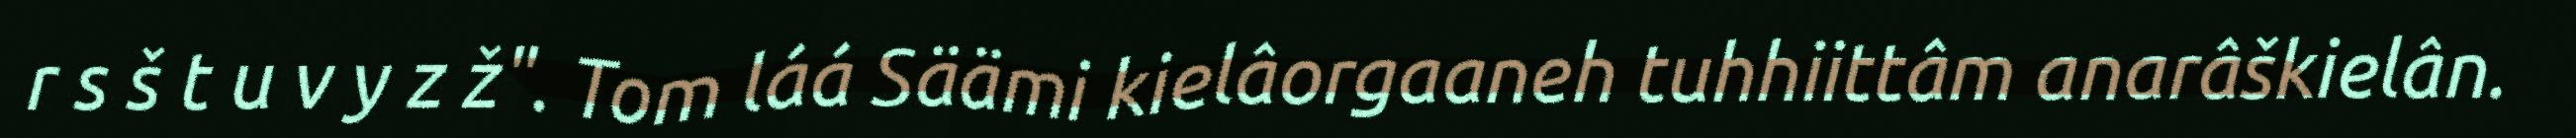
r s š t u v y z ž". Tom láá Säämi kielâorgaaneh tuhhiittâm anarâškielân.